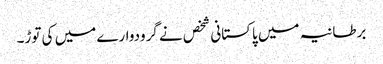
برطانیہ میں پاکستانی شخص نے گرودوارے میں کی توڑ۔